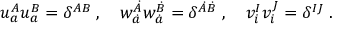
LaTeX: u _ { a } ^ { A } u _ { a } ^ { B } = \delta ^ { A B } \; , \quad w _ { \dot { a } } ^ { \dot { A } } w _ { \dot { a } } ^ { \dot { B } } = \delta ^ { \dot { A } \dot { B } } \; , \quad v _ { i } ^ { I } v _ { i } ^ { J } = \delta ^ { I J } \; .